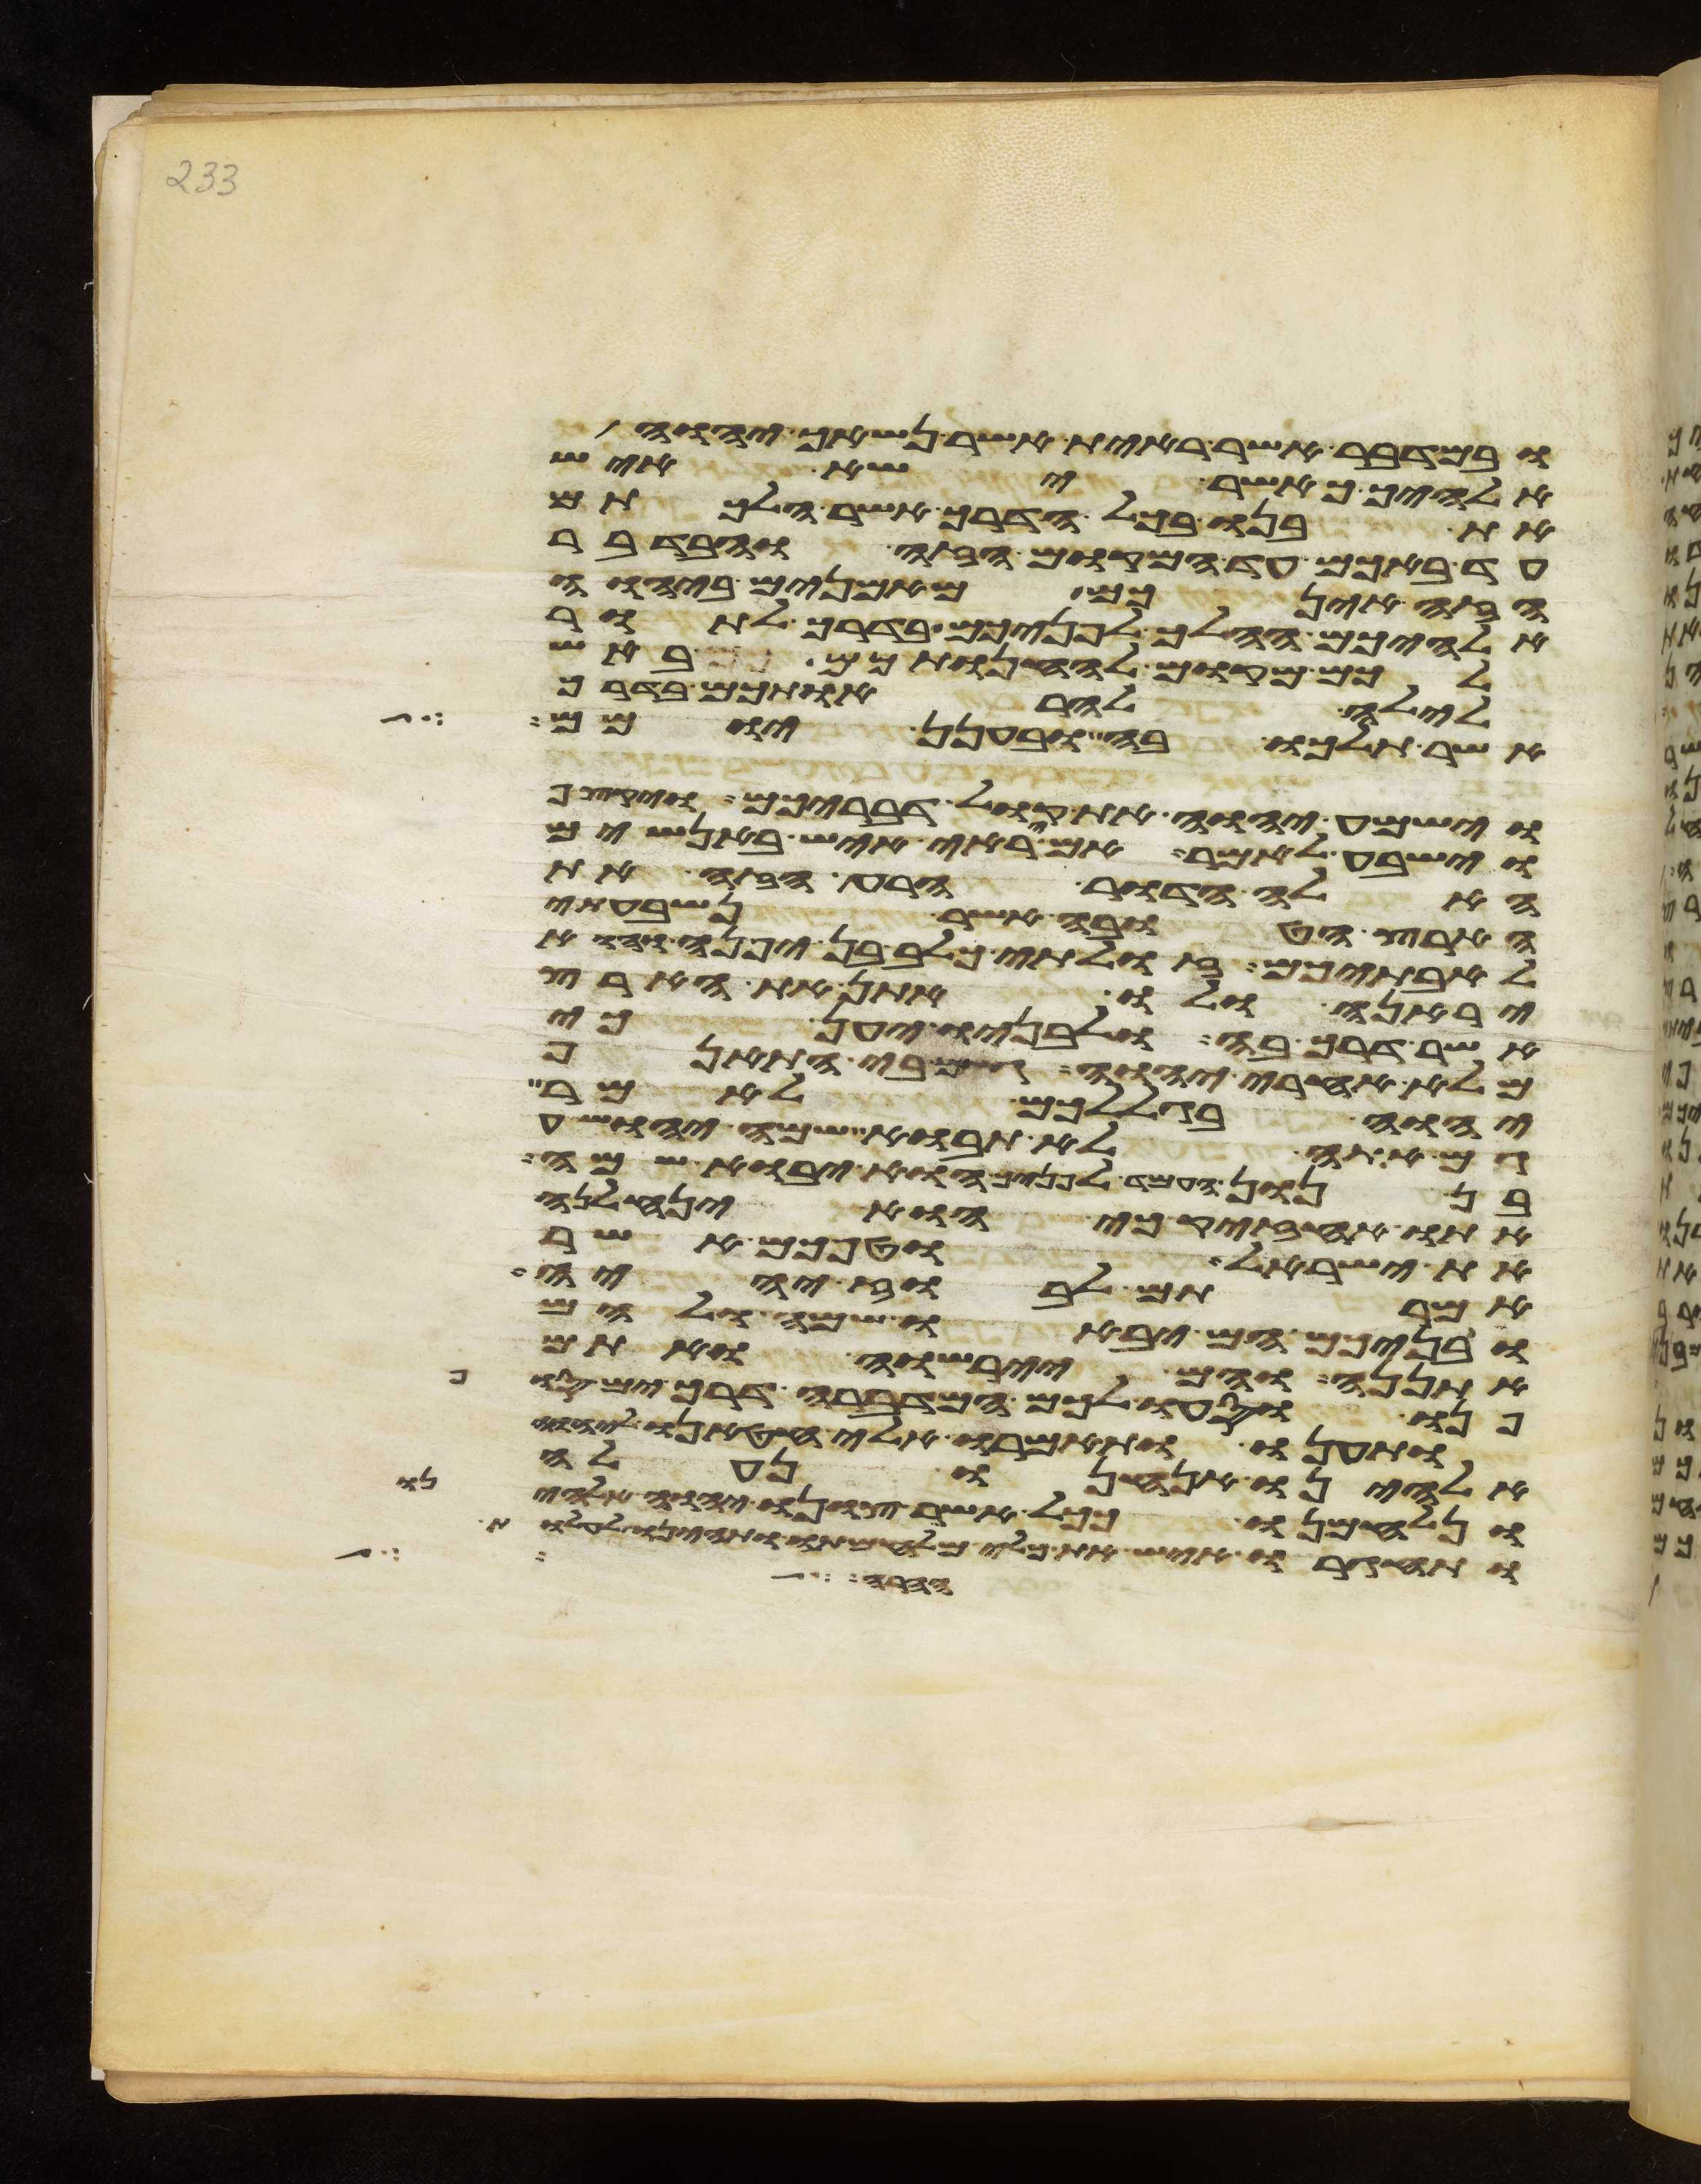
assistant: ובמדבר אשר ראית אשר נשאך יהוה
אלהיך כאשר ישא איש
את בנו בכל הדרך אשר הלכתם
עד באכם עד המקום הזה ובדבר
הזה אינכם מאמנים ביהוה
אלהיכם ההלך לפניכם בדרך לתור
לכם מקום להחנותכם באש
לילה להראותכם בדרך
אשר תלכו בה ובענן יומם
וישמע יהוה את קול דבריכם ויקצף
וישבע לאמר אם יראה איש באנשים
האלה הדור הרע הזה את
הארץ הטובה אשר נשבעתי
לאבתיכם זולתי כלב בן יפנה הוא
יראנה ולו אתן את הארץ
אשר דרך בה ולבניו יען כי
מלא אחרי יהוה גם בי התאנף
יהוה בגללכם לאמר
גם אתה לא תבוא שמה יהושע
בן נון העמד לפניך הוא יבוא שמה
אתו אחזיק כי הוא ינחלנה
את ישראל וטפכם אשר
אמרתם לבוז יהיה
ובניכם הם יבאו שם ולהם
אתננה והם יירשוה ואתם
פנו וסעו לכם המדברה דרך ים סוף
ותענו ותאמרו אלי חטאנו ליהוה
אלהינו אנחנו נעלה
ונלחמנו ככל אשר צונו יהוה אלהינו
ותחגרו איש את כלי מלחמתו ותהיינו
חרה לך